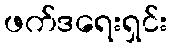
ဖက်ဒရေးရှင်း